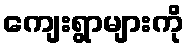
ကျေးရွာများကို